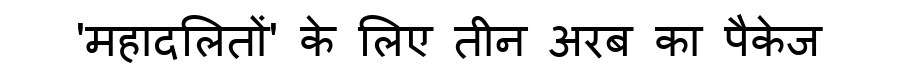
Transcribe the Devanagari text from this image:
'महादलितों' के लिए तीन अरब का पैकेज